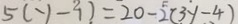
5 ( y - 1 ) = 2 0 - 2 ( 3 y - 4 )